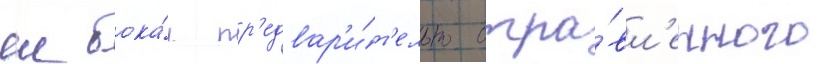
еи бока́л пр'едвар'и́т'ельно отра́вл'енного